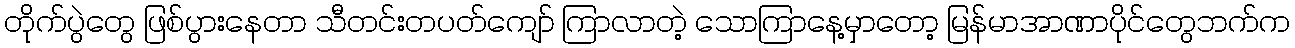
တိုက်ပွဲတွေ ဖြစ်ပွားနေတာ သီတင်းတပတ်ကျော် ကြာလာတဲ့ သောကြာနေ့မှာတော့ မြန်မာအာဏာပိုင်တွေဘက်က